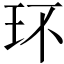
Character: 环